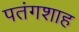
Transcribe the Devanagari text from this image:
पतंगशाह